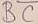
Text: BC